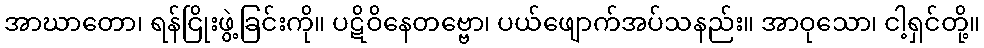
အာဃာတော၊ ရန်ငြိုးဖွဲ့ခြင်းကို။ ပဋိဝိနေတဗ္ဗော၊ ပယ်ဖျောက်အပ်သနည်း။ အာဝုသော၊ ငါ့ရှင်တို့။